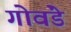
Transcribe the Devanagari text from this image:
गोवंडे